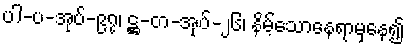
ပါ-ပ-အုပ်-၉၇၊ ဋ္ဌ-တ-အုပ်-၂၆၊ နိမ့်သောနေရာမှနေ၍